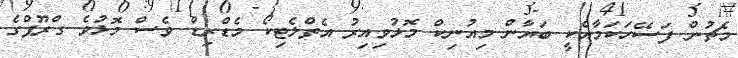
މެޗުން ފަސޭހަކަމާއެކީ ބަޔާން މިއުނިކް މޮޅުވިއިރު އެތްލެޓިކޯ މެޑްރިޑް ވެސް މޮޅުވެ ގްރޫޕްގެ